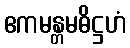
ဧကမန္တမဓိဋ္ဌဟံ